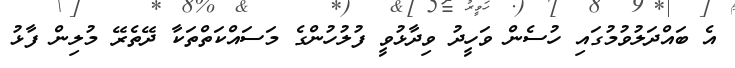
އެ ބައްދަލުވުމުގައި ހުސެން ވަހީދު ވިދާޅުވީ ފުލުހުންގެ މަސައްކަތްތަކާ ދޭތެރޭ މުލިން ފާޅު